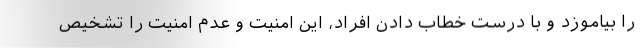
را بیاموزد و با درست خطاب دادن افراد، این امنیت و عدم امنیت را تشخیص